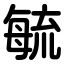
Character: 毓